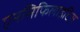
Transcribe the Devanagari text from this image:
एनसिफिलाइटिस